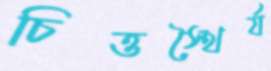
চিত্তস্থৈর্য